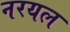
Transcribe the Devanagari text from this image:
नरयल